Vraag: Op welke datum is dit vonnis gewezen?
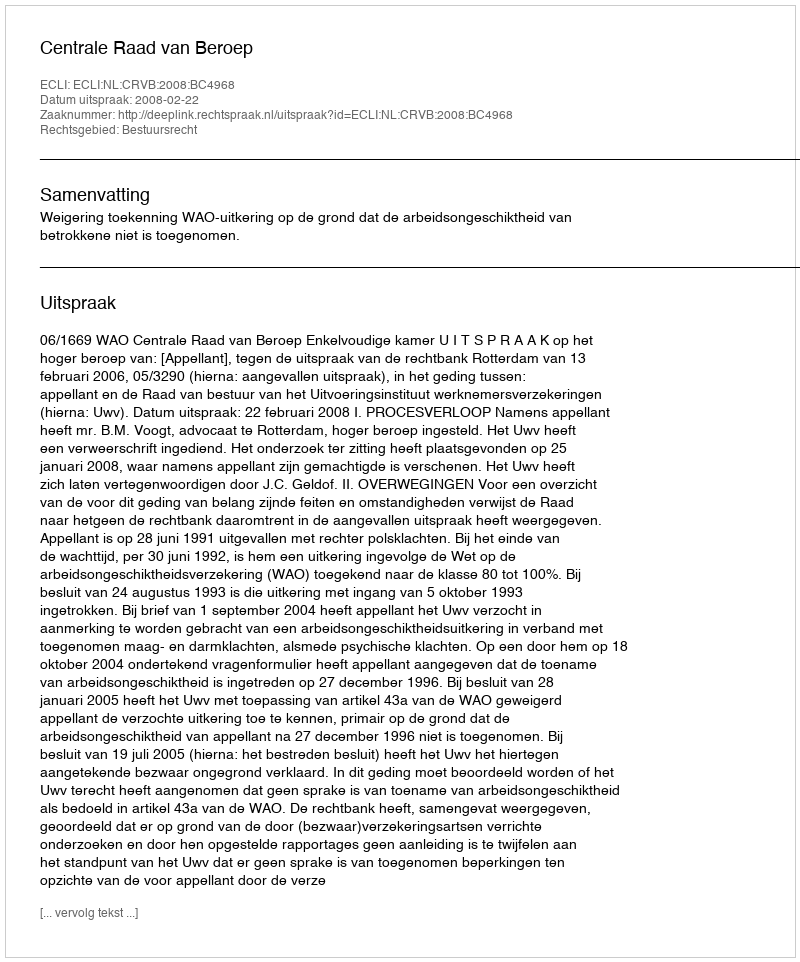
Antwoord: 2008-02-22